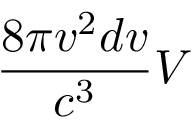
{ \frac { 8 \pi v ^ { 2 } d v } { c ^ { 3 } } } V